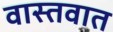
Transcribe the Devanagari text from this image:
वास्‍तवात